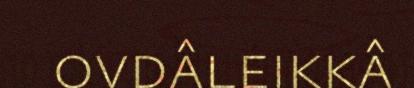
ovdâleikkâ